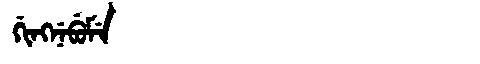
Manchu: ᡤᡳᠩᠨᡝᠪᡠᠮᡝ
Romanization: GINGNEBUME